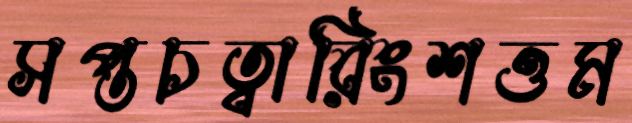
সপ্তচত্বারিংশত্তম